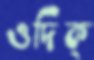
ওদিক্‌